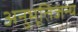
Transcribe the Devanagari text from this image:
अनुभूतिजन्य